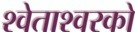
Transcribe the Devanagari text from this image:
श्वेताश्वरको